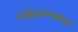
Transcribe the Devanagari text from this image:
स्वीकारण्यावाचून